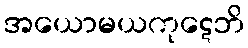
အယောမယကုဋေဘိ